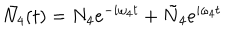
\bar { N _ { 4 } } ( t ) = N _ { 4 } e ^ { - i \omega _ { 4 } t } + \tilde { N } _ { 4 } e ^ { i \omega _ { 4 } t }